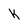
Character: K